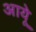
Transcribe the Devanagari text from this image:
आयूे